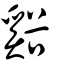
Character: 谿